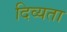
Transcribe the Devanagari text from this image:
दिव्‍यता